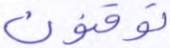
توقنون